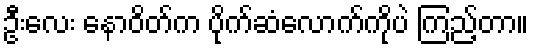
ဦးလေး နောဝိတ်က ပိုက်ဆံလောက်ကိုပဲ ကြည့်တာ။